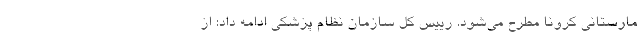
مارستانی کرونا مطرح می‌شود. رییس کل سازمان نظام پزشکی ادامه داد: از